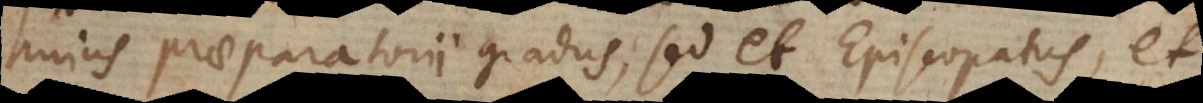
hujus praeparatorii gradus, sed et Episcopatus, et